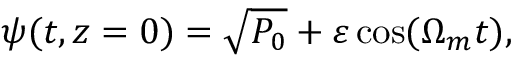
\begin{array} { r } { \psi ( t , z = 0 ) = \sqrt { P _ { 0 } } + \varepsilon \cos ( \Omega _ { m } t ) , } \end{array}